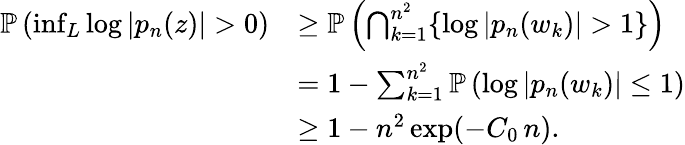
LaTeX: \begin{array}{rl}{{\mathbb{P}}\left(\operatorname*{inf}_{L}\log|p_{n}(z)|>0\right)}&{\geq{\mathbb{P}}\left(\bigcap_{k=1}^{n^{2}}\{ \log|p_{n}(w_{k})|>1\} \right)}\\ &{=1-\sum_{k=1}^{n^{2}}{\mathbb{P}}\left(\log|p_{n}(w_{k})|\leq 1\right)}\\ &{\geq 1-n^{2}\exp(-C_{0}\, n).}\end{array}